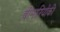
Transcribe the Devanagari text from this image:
बीमारियोंकी